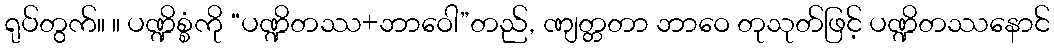
ရုပ်တွက်။ ။ ပဏ္ဍိစ္စံကို “ပဏ္ဍိတဿ+ဘာဝေါ”တည်, ဏျတ္တတာ ဘာဝေ တုသုတ်ဖြင့် ပဏ္ဍိတဿနောင်